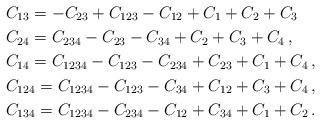
LaTeX: \begin{align*}&C_{13}=-C_{23}+C_{123}-C_{12}+C_1+C_2+C_3\\&C_{24} = C_{234} - C_{23} - C_{34} + C_2 + C_3 + C_4\,,\\&C_{14} = C_{1234} - C_{123} - C_{234} + C_{23} + C_1 + C_4\,,\\&C_{124} =C_{1234} - C_{123} - C_{34} + C_{12} + C_{3} + C_{4}\,,\\&C_{134} = C_{1234} - C_{234} - C_{12} + C_{34} + C_1 + C_2\,.\end{align*}